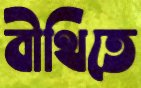
বীথিতে